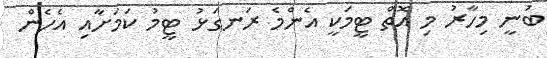
ބުނީ މިހާރު މި އޮތް ޓީމަކީ އެންމެ ރަނގަޅު ޓީމު ކަމަށާއި އެހެން